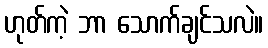
ဟုတ်ကဲ့ ဘာ သောက်ချင်သလဲ။